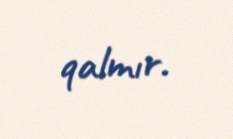
qalmır.